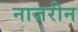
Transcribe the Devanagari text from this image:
नाज़रीन